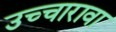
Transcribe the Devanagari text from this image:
उच्चारावा